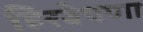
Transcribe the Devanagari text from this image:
हिरवेपणा